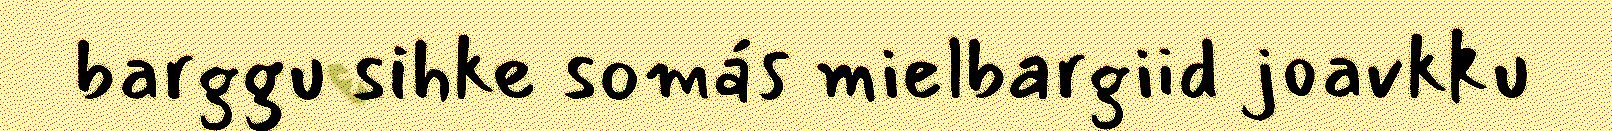
barggu sihke somás mielbargiid joavkku